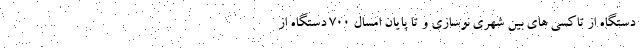
دستگاه از تاکسی های بین شهری نوسازی و تا پایان امسال ۷۰۰ دستگاه از